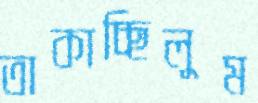
তাকাচ্ছিলুম